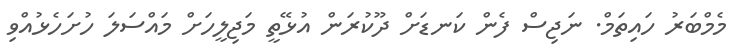
މެމްބަރު ހައިތަމް. ނަޖިސް ފެން ކަނޑަށް ދޫކުރަން އުޅޭތީ މަޖިލީހަށް މައްސަލަ ހުށަހެޅުއްވި